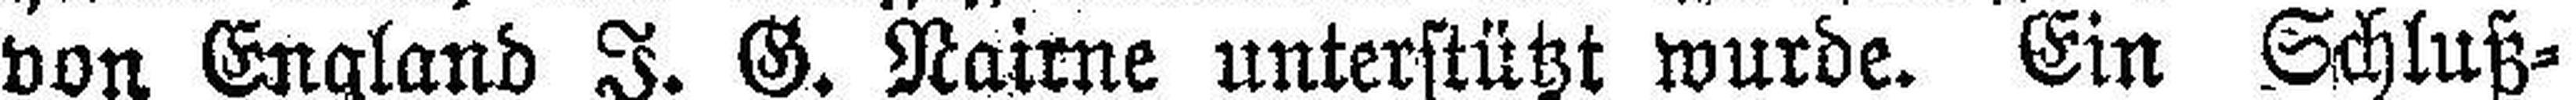
von England I. G. Nairne unterstützt wurde. Ein Schluß¬